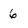
Character: 6